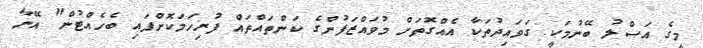
މީގެ އަސްލު ބޭނުމަކީ ގަވައިދުތަކާ އެއްގޮތަށް މުވައްޒަފުންގެ ކަންތައްތައް ފުރިހަމަކޮށްފައި ބެހެއްޓުން" އޭނާ